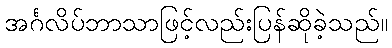
အင်္ဂလိပ်ဘာသာဖြင့်လည်းပြန်ဆိုခဲ့သည်။